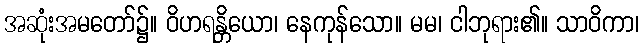
အဆုံးအမတော်၌။ ဝိဟရန္တိယော၊ နေကုန်သော။ မမ၊ ငါဘုရား၏။ သာဝိကာ၊